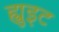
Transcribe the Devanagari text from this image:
ह्युइट